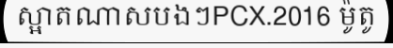
ស្អាតណាសបងៗPCX.2016 ម៉ូតូ